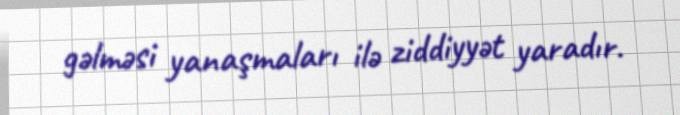
gəlməsi yanaşmaları ilə ziddiyyət yaradır.